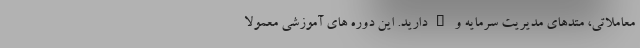
معاملاتی، متدهای مدیریت سرمایه و … دارید. این دوره های آموزشی معمولا